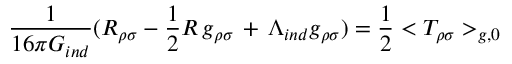
{ \frac { 1 } { 1 6 \pi G _ { i n d } } } ( R _ { \rho \sigma } - { \frac { 1 } { 2 } } R \, g _ { \rho \sigma } \, + \, \Lambda _ { i n d } g _ { \rho \sigma } ) = { \frac { 1 } { 2 } } < T _ { \rho \sigma } > _ { g , 0 }